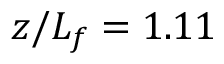
z / L _ { f } = 1 . 1 1